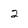
Character: 2